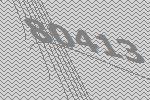
80413